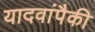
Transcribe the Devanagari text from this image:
यादवांपैकी